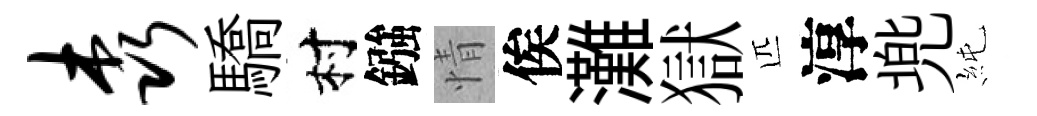
森驕村鏹情俟灘獄匹淳兠純